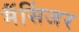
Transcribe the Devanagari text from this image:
मैंसिंजर